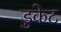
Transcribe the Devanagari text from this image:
डुकेट